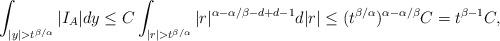
LaTeX: \begin{align*}\int_{|y|>t^{\beta/\alpha}}|I_{A}|dy \le C \int_{|r| > t^{\beta/\alpha}}|r|^{\alpha - \alpha/\beta - d + d - 1}d|r| \le (t^{\beta/\alpha})^{\alpha - \alpha/\beta}C = t^{\beta - 1}C,\end{align*}